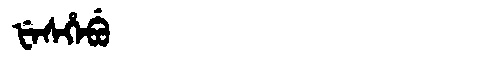
Manchu: ᡶᡝᠰᡥᡝᠪᡠ
Romanization: FESHEBU